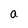
Character: a